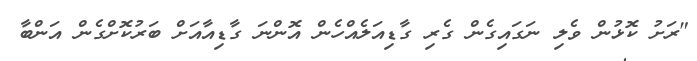
"ރަށު ކޮޅުން ވެލި ނަގައިގެން ގެރި ގާޑިއަލެއްހެން އޮންނަ ގާޑިއާއަށް ބަރުކޮށްގެން އަންބާ